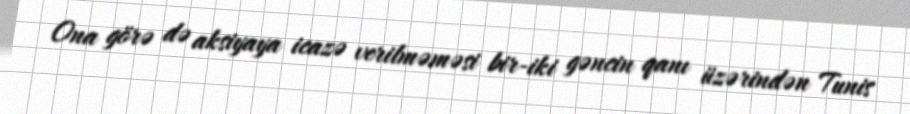
Ona görə də aksiyaya icazə verilməməsi bir-iki gəncin qanı üzərindən Tunis